Insane asylums Bombay 1873-77 - 1873-1877
Year: 1873
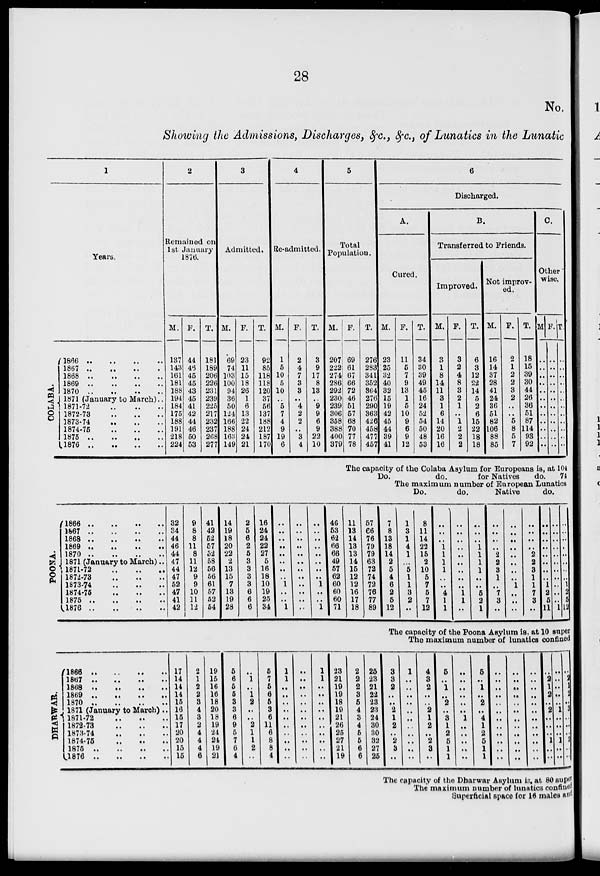
28
No.
Showing the Admissions, Discharges, &c., &c., of Lunatics in the Lunatic
1
Years.
COLABA.
1866 .. .. .. ..
1867 .. .. .. ..
1868 .. .. .. ..
1869 .. .. .. ..
1870 .. .. .. ..
1871 (January to March) ..
1871-72 .. .. .. ..
1872-73 .. .. .. ..
1873-74 .. .. .. ..
1874-75 .. .. .. ..
1875 .. .. .. ..
1876
..
..
..
..
2
Remained on
1st January
1876.
M.
137
143
161
181
188
194
184
175
188
191
218
224
F.
44
46
45
45
43
45
41
42
44
46
50
53
T.
181
189
206
226
231
239
225
217
232
237
268
277
3
Admitted.
M.
69
74
103
100
94
36
50
124
166
188
163 149
F.
23
11
15
18
26
1
6
13
22
24
24
21
T.
92
85
118
118
120
37
56
137
188
212
187
170
4
Re-admitted.
M.
1
5
10
5
10
..
5
7
4
9
19
6
F.
2
4
7
3
3
..
4
2
2
..
3
4
T.
3
9
17
8
13
..
9
9
6
9
22
10
5
Total
Population.
M.
207
222
274
286
292
230
239
306
358
388
400
379
F.
69
61
67
66
72
46
51
57
68
70
77
78
T.
276
283
341
352
364
276
290
363
426
458
477
457
6
Discharged.
A.
Cured.
M.
23
25
32
40
32
15
19
42
45
44
39
41
F.
11
5
7
9
13
1
5
10
9
6
9
12
T.
34
30
39
49
45
16
24
52
54
50
48
53
B.
Transferred to Friends.
Improved.
M.
3
1
8
14
11
3
1
6
14
20
16
16
F.
3
2
4
8
3
2
1
..
1
2
2
2
T.
6
3
12
22
14
5
2
6
15
22
18
18
Not improv-
ed.
M.
16
14
37
28
41
24
36
51
82
106
88
85
F.
2
1
2
2
3
2
..
..
5
8
5
7
T.
18
15
39
30
44
26
36
51
87
114
93
92
C.
Other
wise.
M
..
..
..
..
..
..
..
..
..
..
..
..
F.
..
..
..
..
..
..
..
..
..
..
..
..
T.
..
..
..
..
..
..
..
..
..
..
..
..
The capacity of the Colaba Asylum for Europeans is, at 104
Do.
do.
for Natives
do. 74
The maximum number of European Lunatics
Do.
do.
Native
do.
POONA.
1866 .. .. .. ..
1867 .. .. .. ..
1868 .. .. .. ..
1869 .. .. .. ..
1870
1871 (January to March)..
1871-72 .. .. ..
1872-73 .. .. ..
1873-74 .. .. ..
1874-75 .. .. ..
1875 .. .. ..
1876 .. .. ..
32
34
44
46
44
47
44
47
52
47
41
42
9
8
8
11
8
11
12
9
9
10
11
12
41
42
52
57
52
58
56
56
61
57
52
54
14
19
18
20
22
2
13
15
7
13
19
28
2
5
6
2
5
3
3
3
3
6
6
6
16
24
24
22
27
5
16
18
10
19
25
34
..
..
..
..
..
..
..
..
1
..
..
1
..
..
..
..
..
..
..
..
..
..
..
..
..
..
..
..
..
..
..
..
1
..
..
1
46
53
62
66
66
49
57
62
60
60
60
71
11
13
14
13
13
14
15
12
12
16
17
18
57
66
76
79
79
63
72
74
72
76
77
89
7
8
13
18
14
2
5
4
6
2
5
12
1
3
1
4
1
..
5
1
1
3
2
..
8
11
14
22
15
2
10
5
7
5
7
12
..
..
..
1
1
1
1
..
..
4
1
1
..
..
..
..
..
..
..
..
..
1
1
..
..
..
..
1
1
1
1
..
..
5
2
1
..
..
..
..
2
2
8
1
..
7
3
..
..
..
..
..
..
..
..
..
1
..
..
..
..
..
..
..
2
2
3
1
1
7
3
..
..
..
..
..
..
..
..
..
1
2
5
11
..
..
..
..
..
..
..
..
..
..
..
1
..
..
..
..
..
..
..
..
1
2
5
12
The capacity of the Poona Asylum is, at 10 super
The maximum number of lunatics confined
DHARWAR.
1866 .. .. .. ..
1867 .. .. .. ..
1868 .. .. .. ..
1869 .. .. .. ..
1870 .. .. .. ..
1871 (January to March) ..
1871-72 .. .. ..
1872-73 .. .. ..
1873-74 .. .. ..
1874-75 .. .. ..
1875 .. .. .. ..
1876 .. .. .. ..
17
14
14
14
15
16
15
17
20
20
15
15
2
1
2
2
3
4
3
2
4
4
4
6
19
15
16
16
18
20
18
19
24
24
19
21
5
6
5
5
3
3
6
9
5
7
6
4
..
1
..
1
2
..
..
2
1
1
2
..
5
7
5
6
5
3
6
11
6
8
8
4
1
1
..
..
..
..
..
..
..
..
..
..
..
..
..
..
..
..
..
..
..
..
..
..
1
1
..
..
..
..
..
..
..
..
..
..
23
21
19
19
18
19
21
26
25
27
21
19
2
2
2
3
5
4
3
4
5
5
6
6
25
23
21
22
23
23
24
30
30
32
27
25
3
3
2
..
..
2
1
2
..
2
3
..
1
..
..
..
..
..
..
..
..
..
..
..
4
3
2
..
..
2
1
2
..
2
3
..
5
..
1
..
2
..
3
1
2
5
1
1
..
..
..
..
..
..
1
..
..
..
..
..
5
..
1
..
2
..
4
1
2
5
1
1
..
..
..
..
..
..
..
..
..
..
..
..
..
..
..
..
..
..
..
..
..
..
..
..
..
..
..
..
..
..
..
..
..
..
..
..
..
2
1
2
..
2
..
..
..
1
..
..
..
..
..
..
..
1
..
..
..
1
..
..
..
2
1
2
..
3
..
..
..
2
..
..
The capacity of the Dharwar Asylum is at 80 super
The maximum number of lunatics confined
Superficial space for 16 males and